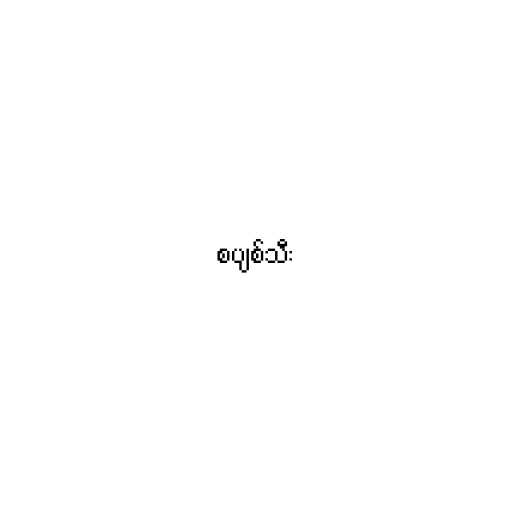
စပျစ်သီး